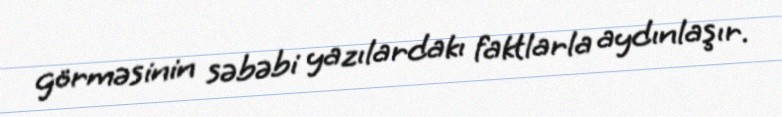
görməsinin səbəbi yazılardakı faktlarla aydınlaşır.